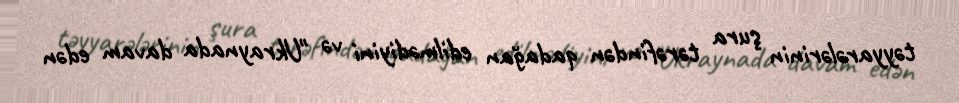
təyyarələrinin şura tərəfindən qadağan edilmədiyini və "Ukraynada davam edən